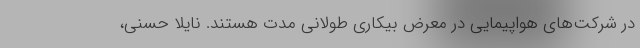
در شرکت‌های هواپیمایی در معرض بیکاری طولانی مدت هستند. نایلا حُسنی،